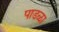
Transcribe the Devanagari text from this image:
पाडळा